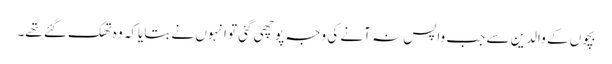
بچوں کے والدین سے جب واپس نہ آنے کی وجہ پوچھی گئی تو انہوں نے بتایاکہ وہ تھک گئے تھے۔